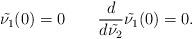
LaTeX: \begin{align*} \tilde{\nu_1}(0)=0\qquad\frac{d}{d\tilde{\nu_2}}\tilde{\nu_1}(0)=0. \end{align*}